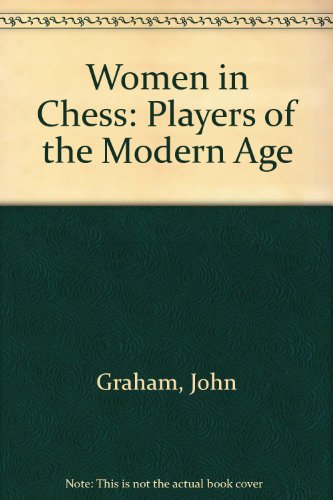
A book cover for Women in Chess: Players of the Modern Age; John Graham; Sports & Outdoors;